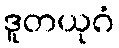
ဒူတယုဂံ